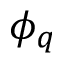
\phi _ { q }